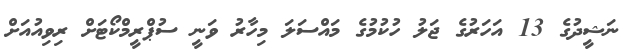
ނަޝީދުގެ 13 އަހަރުގެ ޖަލު ހުކުމުގެ މައްސަލަ މިހާރު ވަނީ ސުޕްރީމްކޯޓަށް ރިވިއުއަށް